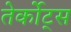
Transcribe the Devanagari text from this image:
तेर्कोट्स